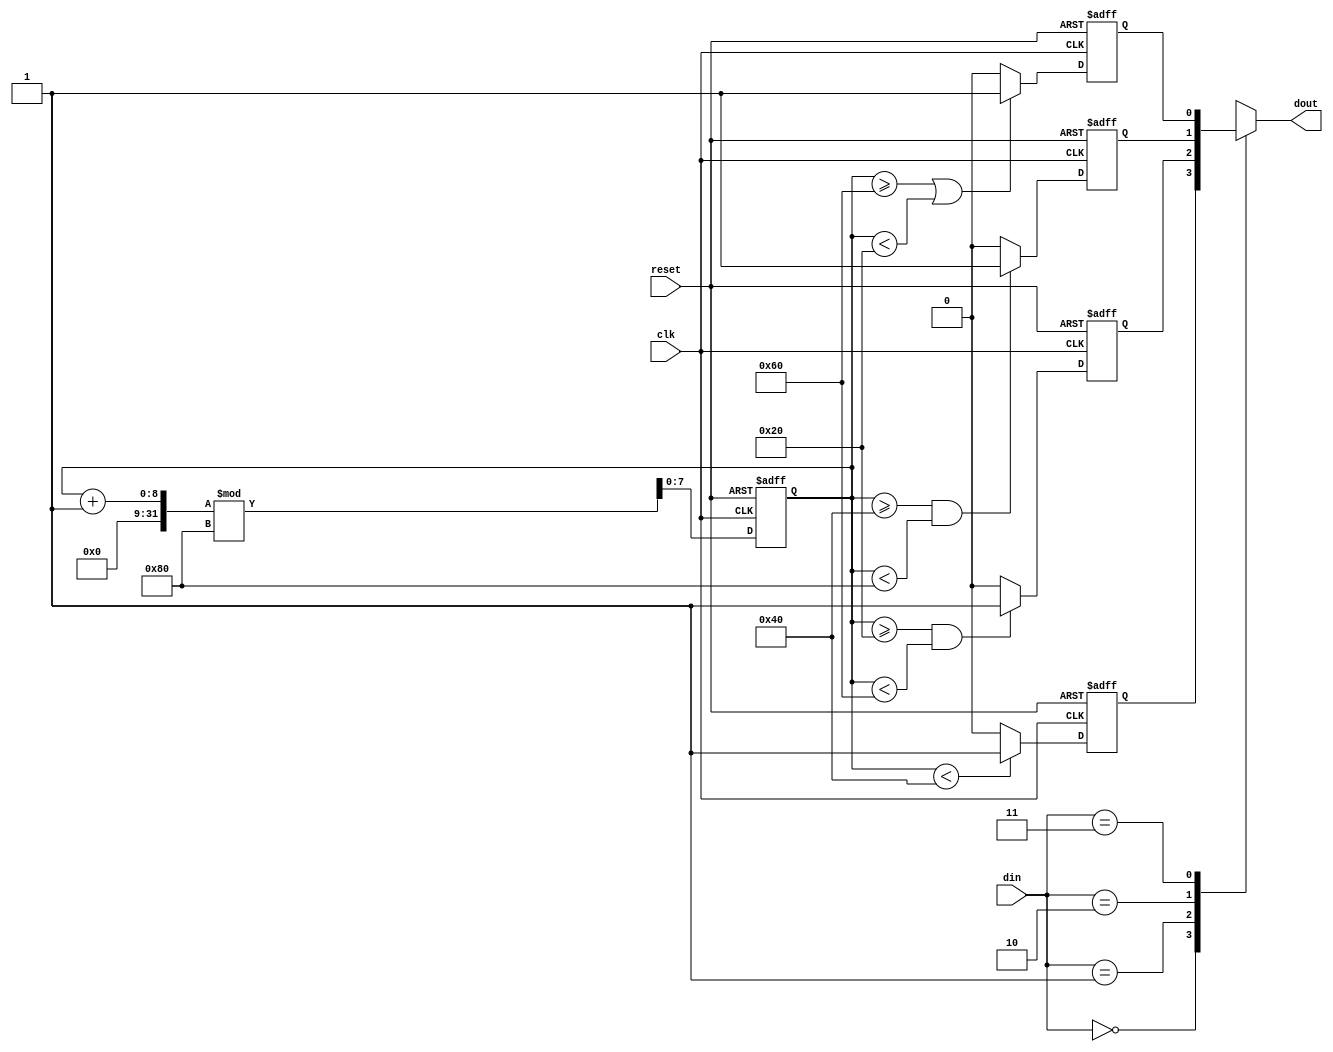
`timescale 1ns / 1ps

module Modulator(clk,reset,din,dout);
input clk;
input reset;
input [1:0] din;
output dout;

parameter FREQ_DIV = 1 << 7;

reg out, cnt1, clk1, clk2, clk3, clk4;
reg [1:0] cnt2;
reg [2:0] cnt3;
reg [3:0] cnt4;
reg [7:0] cnt;

assign dout = out;

always @(posedge clk or negedge reset) begin
    if (!reset) begin
        cnt1 <= 1'b0;
        cnt2 <= 2'b0;
        cnt3 <= 3'b0;
        cnt4 <= 4'b0;
        cnt <= 8'b0;
        clk1 <= 1'b0;
        clk2 <= 1'b0;
        clk3 <= 1'b0;
        clk4 <= 1'b0;
    end
    else begin
        if (cnt < (FREQ_DIV/2)) begin
            clk1 <= 1;
        end else begin
            clk1 <= 0;
        end
        if ((cnt >= (FREQ_DIV/4)) & (cnt < (FREQ_DIV/4*3))) begin
            clk2 <= 1;
        end else begin
            clk2 <= 0;
        end
        if ((cnt >= (FREQ_DIV/2)) & (cnt < (FREQ_DIV))) begin
            clk3 <= 1;
        end else begin
            clk3 <= 0;
        end
        if ((cnt >= (FREQ_DIV/4*3)) | (cnt < (FREQ_DIV/4))) begin
            clk4 <= 1;
        end else begin
            clk4 <= 0;
        end
        
        cnt <= (cnt + 1) % FREQ_DIV;

    end
end

always @(*) begin
    case (din)
        2'b00: out <= clk1;
        2'b01: out <= clk2;
        2'b10: out <= clk3;
        2'b11: out <= clk4;    
    endcase
end

endmodule